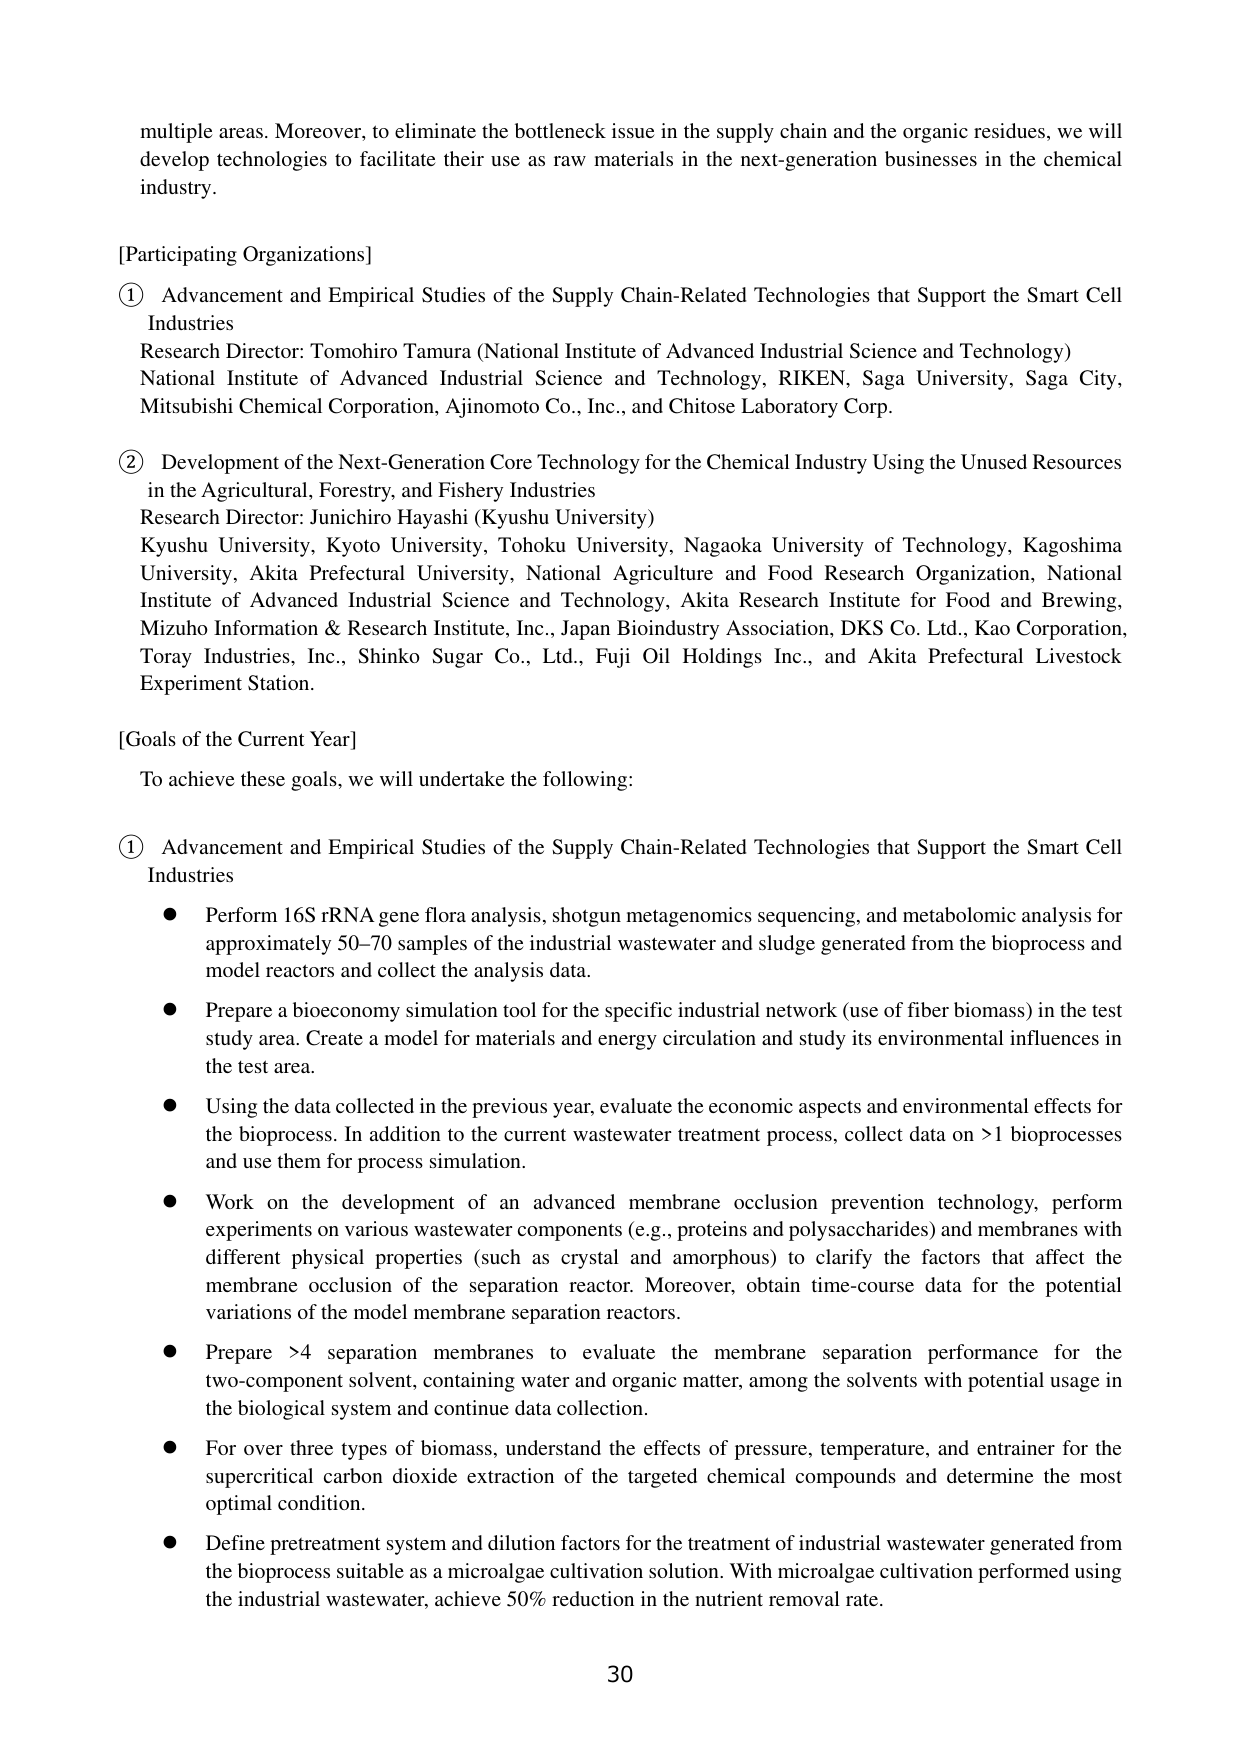
multiple areas. Moreover, to eliminate the bottleneck issue in the supply chain and the organic residues, we will develop technologies to facilitate their use as raw materials in the next-generation businesses in the chemical industry.

[Participating Organizations]

① Advancement and Empirical Studies of the Supply Chain-Related Technologies that Support the Smart Cell Industries
Research Director: Tomohiro Tamura (National Institute of Advanced Industrial Science and Technology)
National Institute of Advanced Industrial Science and Technology, RIKEN, Saga University, Saga City, Mitsubishi Chemical Corporation, Ajinomoto Co., Inc., and Chitose Laboratory Corp.

② Development of the Next-Generation Core Technology for the Chemical Industry Using the Unused Resources in the Agricultural, Forestry, and Fishery Industries
Research Director: Junichiro Hayashi (Kyushu University)
Kyushu University, Kyoto University, Tohoku University, Nagaoka University of Technology, Kagoshima University, Akita Prefectural University, National Agriculture and Food Research Organization, National Institute of Advanced Industrial Science and Technology, Akita Research Institute for Food and Brewing, Mizuho Information & Research Institute, Inc., Japan Bioindustry Association, DKS Co. Ltd., Kao Corporation, Toray Industries, Inc., Shinko Sugar Co., Ltd., Fuji Oil Holdings Inc., and Akita Prefectural Livestock Experiment Station.

[Goals of the Current Year]
To achieve these goals, we will undertake the following:

① Advancement and Empirical Studies of the Supply Chain-Related Technologies that Support the Smart Cell Industries
● Perform 16S rRNA gene flora analysis, shotgun metagenomics sequencing, and metabolomic analysis for approximately 50–70 samples of the industrial wastewater and sludge generated from the bioprocess and model reactors and collect the analysis data.
● Prepare a bioeconomy simulation tool for the specific industrial network (use of fiber biomass) in the test study area. Create a model for materials and energy circulation and study its environmental influences in the test area.
● Using the data collected in the previous year, evaluate the economic aspects and environmental effects for the bioprocess. In addition to the current wastewater treatment process, collect data on >1 bioprocesses and use them for process simulation.
● Work on the development of an advanced membrane occlusion prevention technology, perform experiments on various wastewater components (e.g., proteins and polysaccharides) and membranes with different physical properties (such as crystal and amorphous) to clarify the factors that affect the membrane occlusion of the separation reactor. Moreover, obtain time-course data for the potential variations of the model membrane separation reactors.
● Prepare >4 separation membranes to evaluate the membrane separation performance for the two-component solvent, containing water and organic matter, among the solvents with potential usage in the biological system and continue data collection.
● For over three types of biomass, understand the effects of pressure, temperature, and entrainer for the supercritical carbon dioxide extraction of the targeted chemical compounds and determine the most optimal condition.
● Define pretreatment system and dilution factors for the treatment of industrial wastewater generated from the bioprocess suitable as a microalgae cultivation solution. With microalgae cultivation performed using the industrial wastewater, achieve 50% reduction in the nutrient removal rate.

30